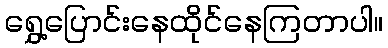
ရွှေ့ပြောင်းနေထိုင်နေကြတာပါ။